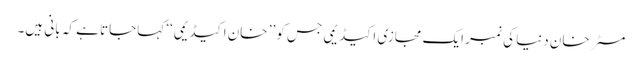
مسٹر خان دنیا کی نمبر ایک مجازی اکیڈیمی جس کو ’’ خان اکیڈیمی‘‘ کہاجاتا ہے کہ بانی ہیں۔